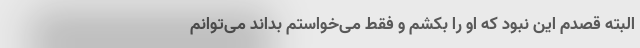
البته قصدم این نبود که او را بکشم و فقط می‌خواستم بداند می‌توانم